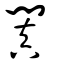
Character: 闐